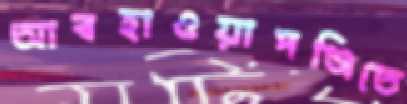
আবহাওয়াপঞ্জিতে